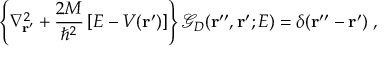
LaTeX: \left\{ \nabla _ { \bf r ^ { \prime } } ^ { 2 } + \frac { 2 M } { \hbar ^ { 2 } } \left[ E - V ( { \bf r ^ { \prime } } ) \right] \right\} { \mathcal G } _ { D } ( { \bf r ^ { \prime \prime } } , { \bf r ^ { \prime } } ; E ) = \delta ( { \bf r ^ { \prime \prime } } - { \bf r ^ { \prime } } ) \; ,